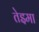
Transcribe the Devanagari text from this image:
तेइमा